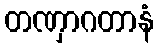
တဏှာဂတာနံ